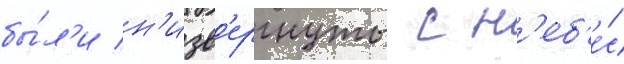
бы́л'и н'изв'ергнуты с н'еб'е́с